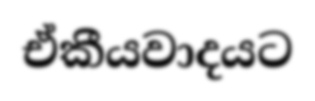
ඒකීයවාදයට